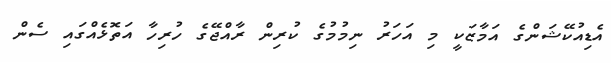
އެޑިއުކޭޝަންގެ އަމާޒަކީ މި އަހަރު ނިމުމުގެ ކުރިން ރާއްޖޭގެ ހުރިހާ އަތޮޅެއްގައި ސެން